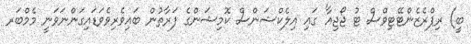
ބީ) ރިޕްރެޒެންޓޭޓިވްސް ޓު ޖޯޖިއާ' ގައި އިލެކްޝަންސް ކޮމިޝަންގެ ފަރާތުން ބައިވެރިވެވަޑައިގަންނަވަނީ މެމްބަރ